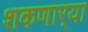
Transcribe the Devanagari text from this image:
शकणार्‍या